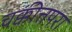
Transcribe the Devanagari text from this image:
चक्कीत्तपरा